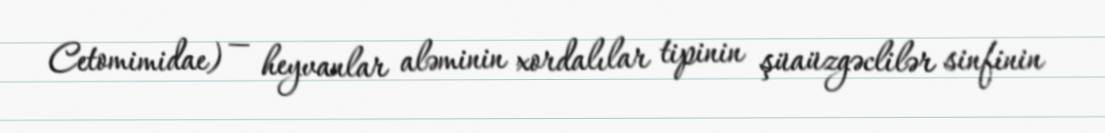
Cetomimidae) — heyvanlar aləminin xordalılar tipinin şüaüzgəclilər sinfinin